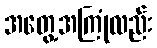
အတွေ့အကြုံလည်း